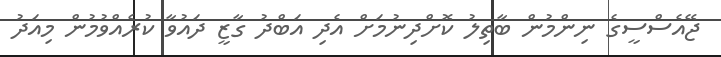
ޖޭއެސްސީގެ ނިންމުން ބާތިލު ކޮށްދިނުމަށް އެދި އަބްދު ގާޒީ ދައުވާ ކުރެއްވުމުން މިއަދު